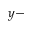
y -